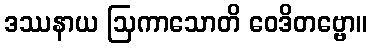
ဒဿနာယ ဩကာသောတိ ဝေဒိတဗ္ဗော။